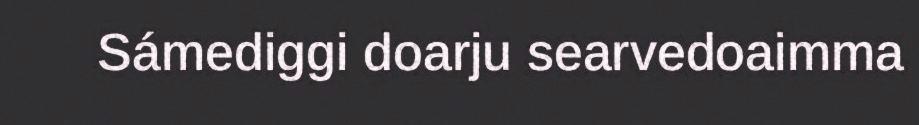
Sámediggi doarju searvedoaimma